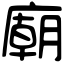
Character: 廟